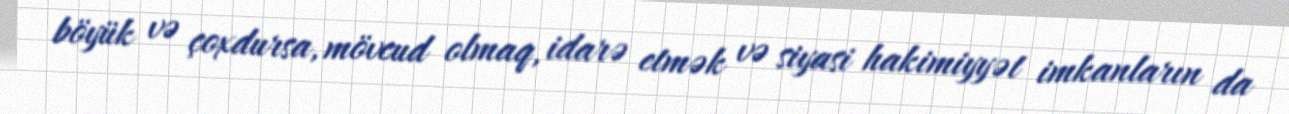
böyük və çoxdursa, mövcud olmaq, idarə etmək və siyasi hakimiyyət imkanların da